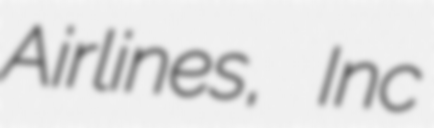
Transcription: Airlines, Inc